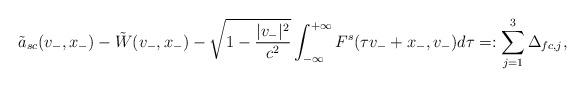
LaTeX: \begin{align*}\tilde a_{sc}(v_-,x_-)-\tilde W(v_-,x_-)-\sqrt{1-{|v_-|^2\over c^2}}\int_{-\infty}^{+\infty}F^s(\tau v_-+x_-,v_-)d\tau=:\sum_{j=1}^3\Delta_{fc,j},\end{align*}